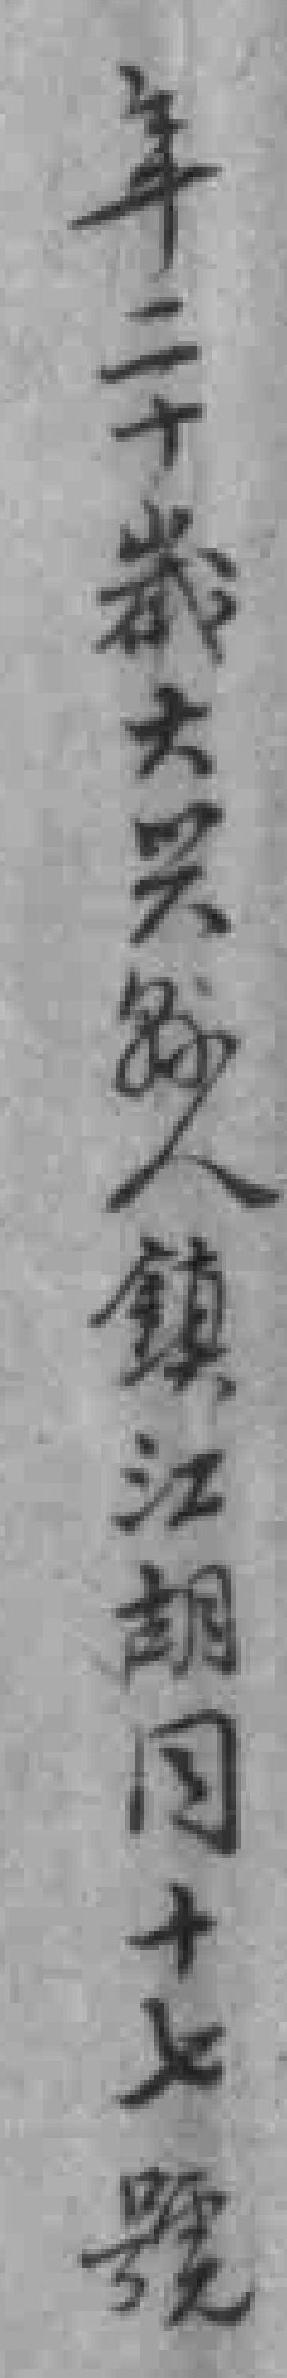
年二十歲大兴縣人鎮江胡同十七號